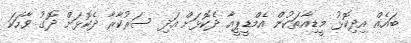
ބައެއް އިދިކޮޅު މީޑިއާތަކުން އެމްޑީޕީއާ ދެކޮޅަށް އަދި ސަރުކާރާ ދެކޮޅަށް ދޮގު ވާހަކަ